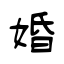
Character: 婚